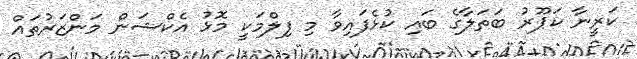
ކަރީނާ ކަޕޫރު ބަތަލާގެ ބައި ކުޅެފައިވާ މި ފިލްމަކީ މޮޅު އެކްޝަން މަންޒަރުތައް